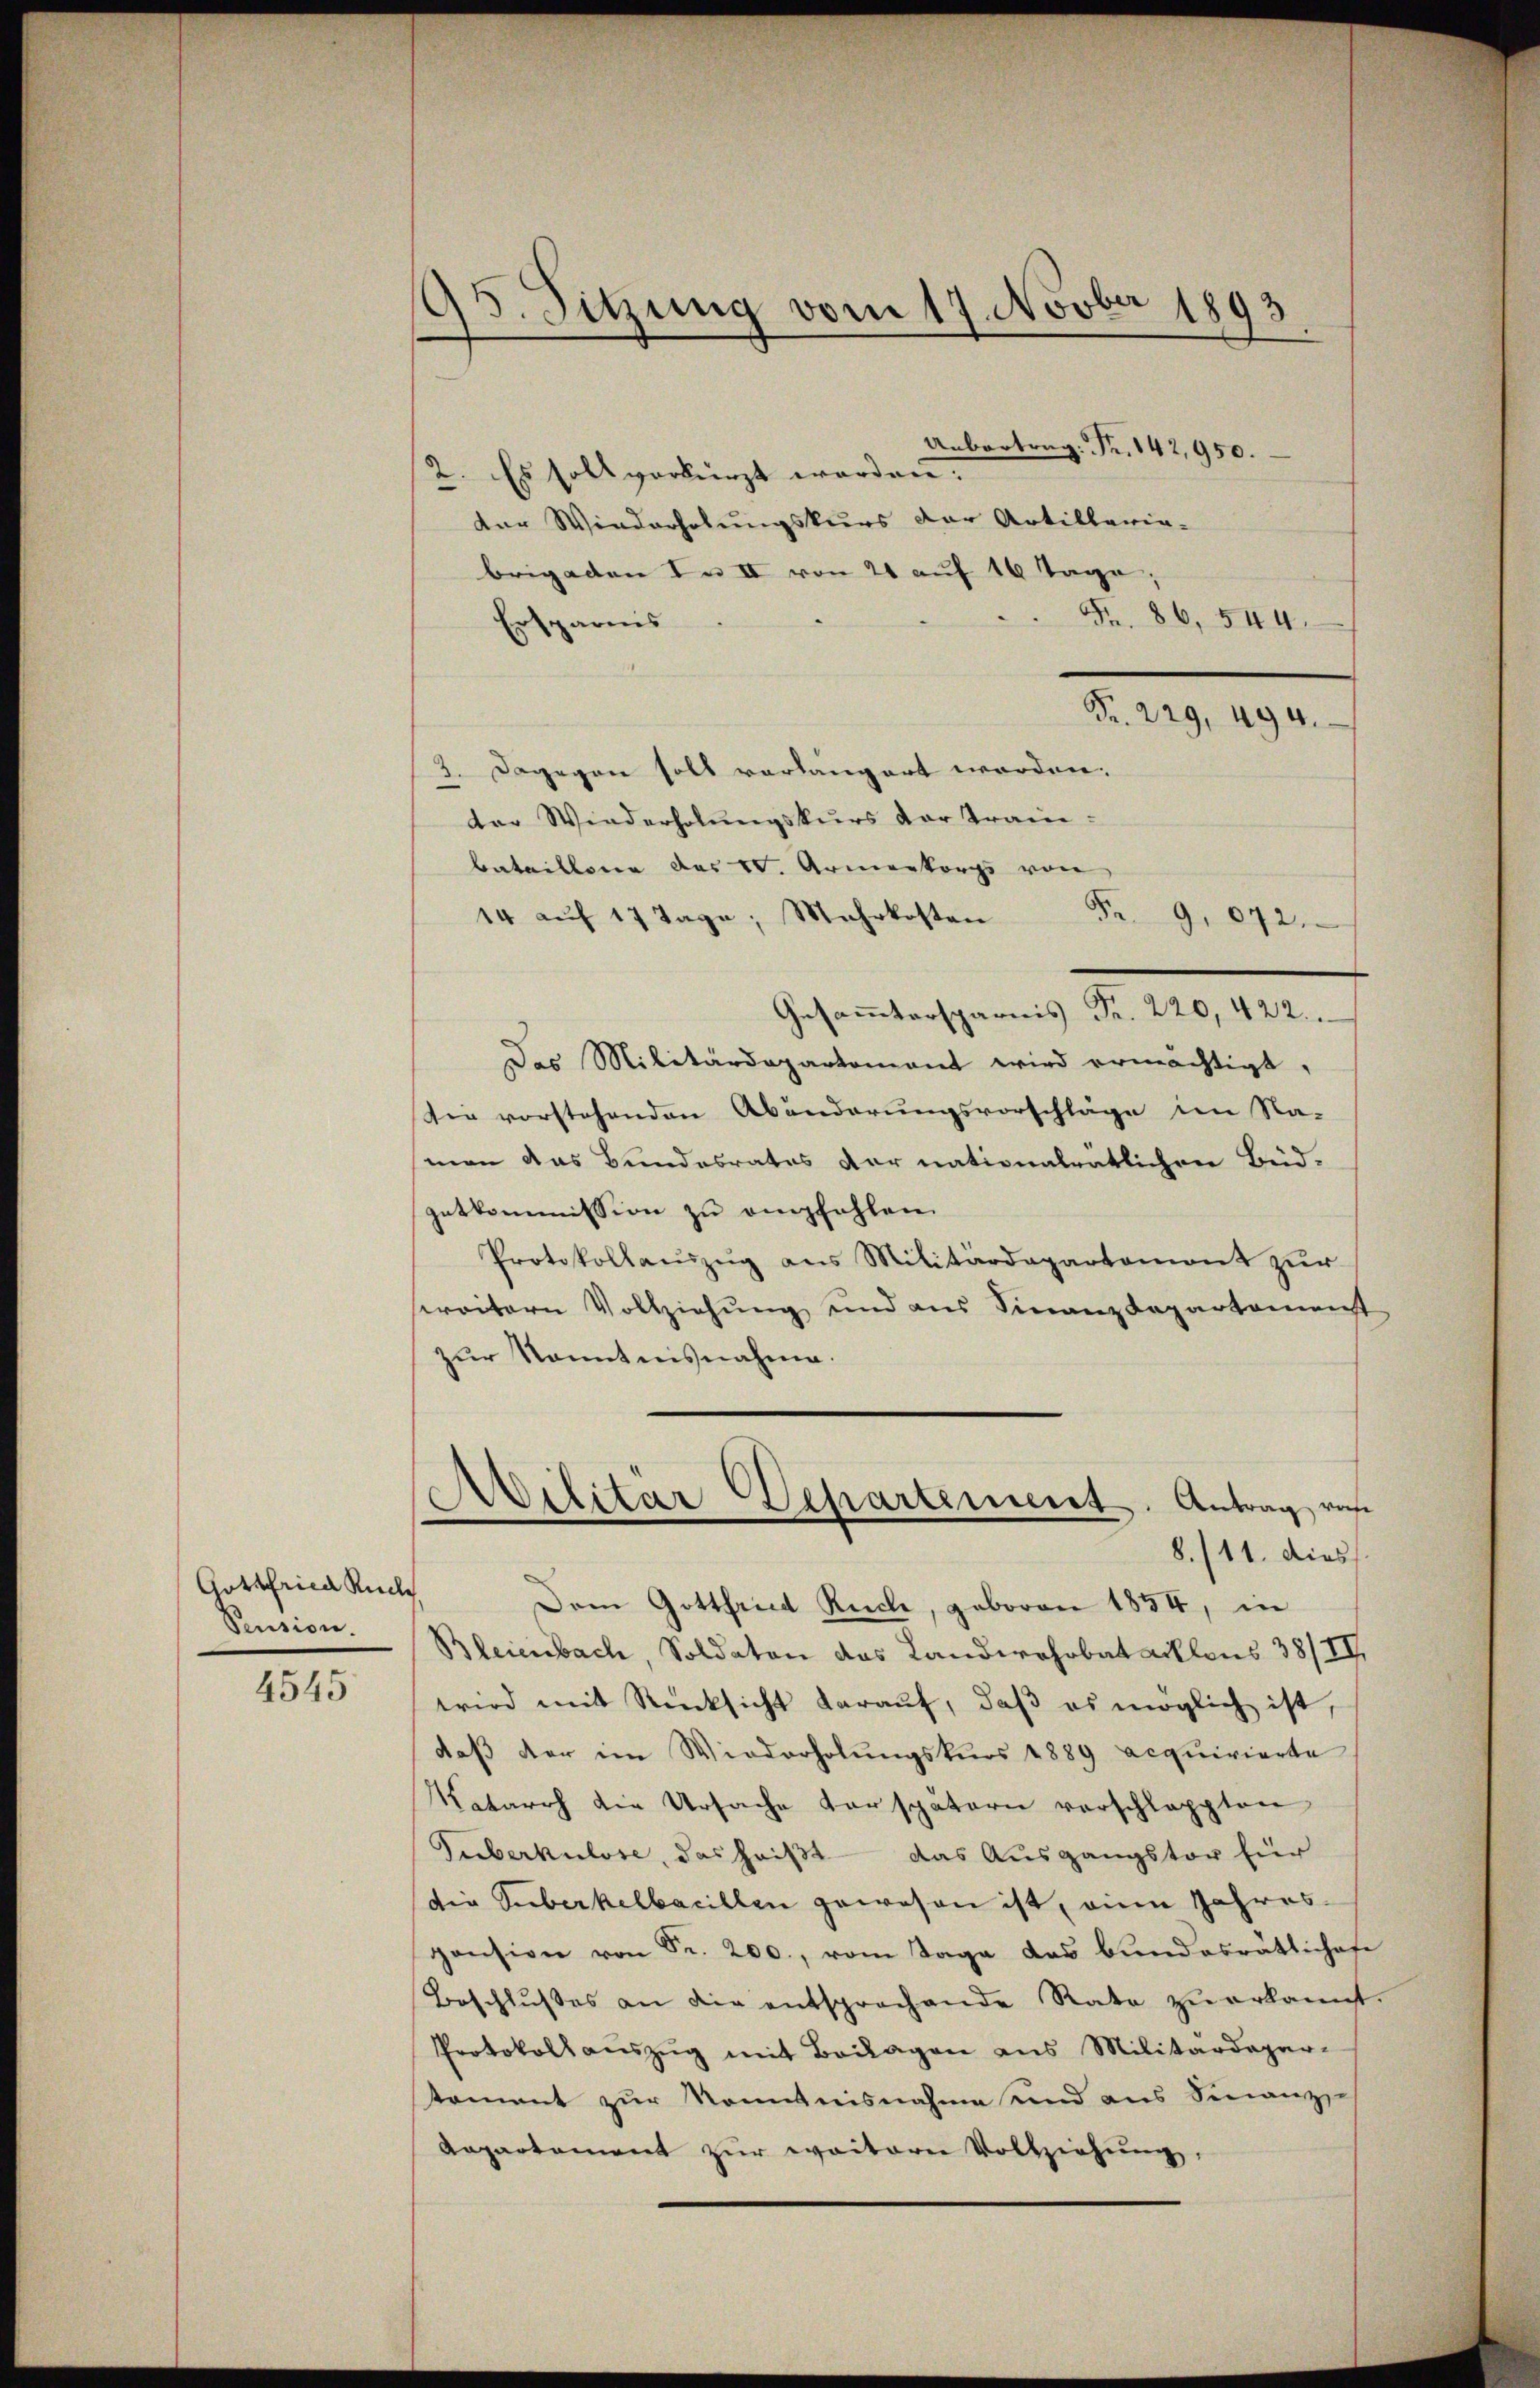
Gottfrica Ruck
Pension.

4545

95. Sitzung vom 17. Novber 1893

2. Es soll verkürzt worden:
der Wiederholungskurs der Artillaria-
brigaden In II von 21 auf 10 Tage,
Fr. 86. 544.
Ersparnis
3. Dagegen soll vorlängert worden.
der Wiederholungskurs der Train-
bataillone des IV. Armenkorps von
14 auf 17 Tage, Mehrkosten
.
Das Militärdepartamant wird ermächtigt,
Sie vorstehenden Abänderŭngsvorschläge im Na-
man das Bundesrates der nationalrätlichen Beid.
getkommission zŭ empfehlen.
Protokollauszug aus Militärdepartement zur
sereitern Vollziehung und aus Finanzdepartamenst
zŭr Kenntnisnahme.
Ailitär Departement. Antrag ras
8./11. dies
Dem Gottfried Rücke, geboren 1854, in
Bleienbach, Soldaten das Landwohrbataillons 38/II
wird mit Rücksicht darauf, daß es möglich ist,
daß der im Wiederholungskurs 1889 acquirierte
Natarrh die Ursache Verspätern verschlappten
Guberkulose, das heißt – das Ausgangstor für
(die Suberkelbacillen gewesen ist, eine Jahrespension von Sr. 200., vom Tage das bundesrätliches
Beschlußes an die entsprochende Rate zŭ erkannt
Protokoll aŭszŭg mit Beilagen aus Militärdepar-
toment zur Kenntnisnahme und aus Finanze
Aapartement zŭr weiterer Vollziehŭng,

Uebertrag: Fr. 142,950.

Fr. 9. 872.

Fr. 229, 494.